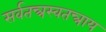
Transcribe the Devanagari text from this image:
सर्वतन्त्रस्वतन्त्राय